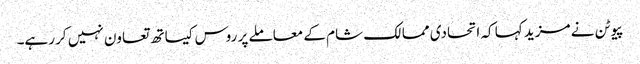
پیوٹن نے مزید کہا کہ اتحادی ممالک شام کے معاملے پر روس کیساتھ تعاون نہیں کر رہے۔